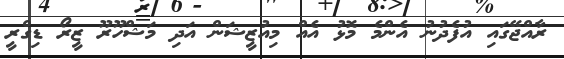
ރާއްޖޭގައި އުފެދުނު އެންމެ މޮޅު އެއް މިއުޒީޝަން އަދި މަޝްހޫރޫ ޒީރޯ ޑިގްރީ